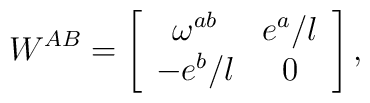
W^{AB}=\left[\begin{array}{cc}\omega ^{ab} & e^{a}/l \\ -e^{b}/l & 0\end{array}\right],